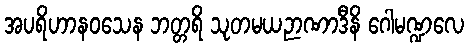
အပရိဟာနဝသေန ဘတ္တရိ သုတမယဉာဏာဒီနိ ဂေါမဏ္ဍလေ